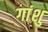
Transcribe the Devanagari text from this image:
गांशु